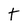
Character: t